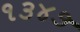
૧૩૪૭